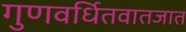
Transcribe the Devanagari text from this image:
गुणवर्धितवातजात